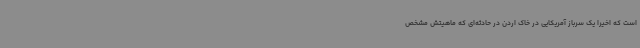
است که اخیرا یک سرباز آمریکایی در خاک اردن در حادثه‌ای که ماهیتش مشخص